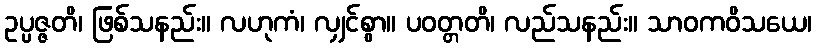
ဥပ္ပဇ္ဇတိ၊ ဖြစ်သနည်း။ လဟုကံ၊ လျှင်စွာ။ ပဝတ္တတိ၊ လည်သနည်း။ သာဝကဝိသယေ၊